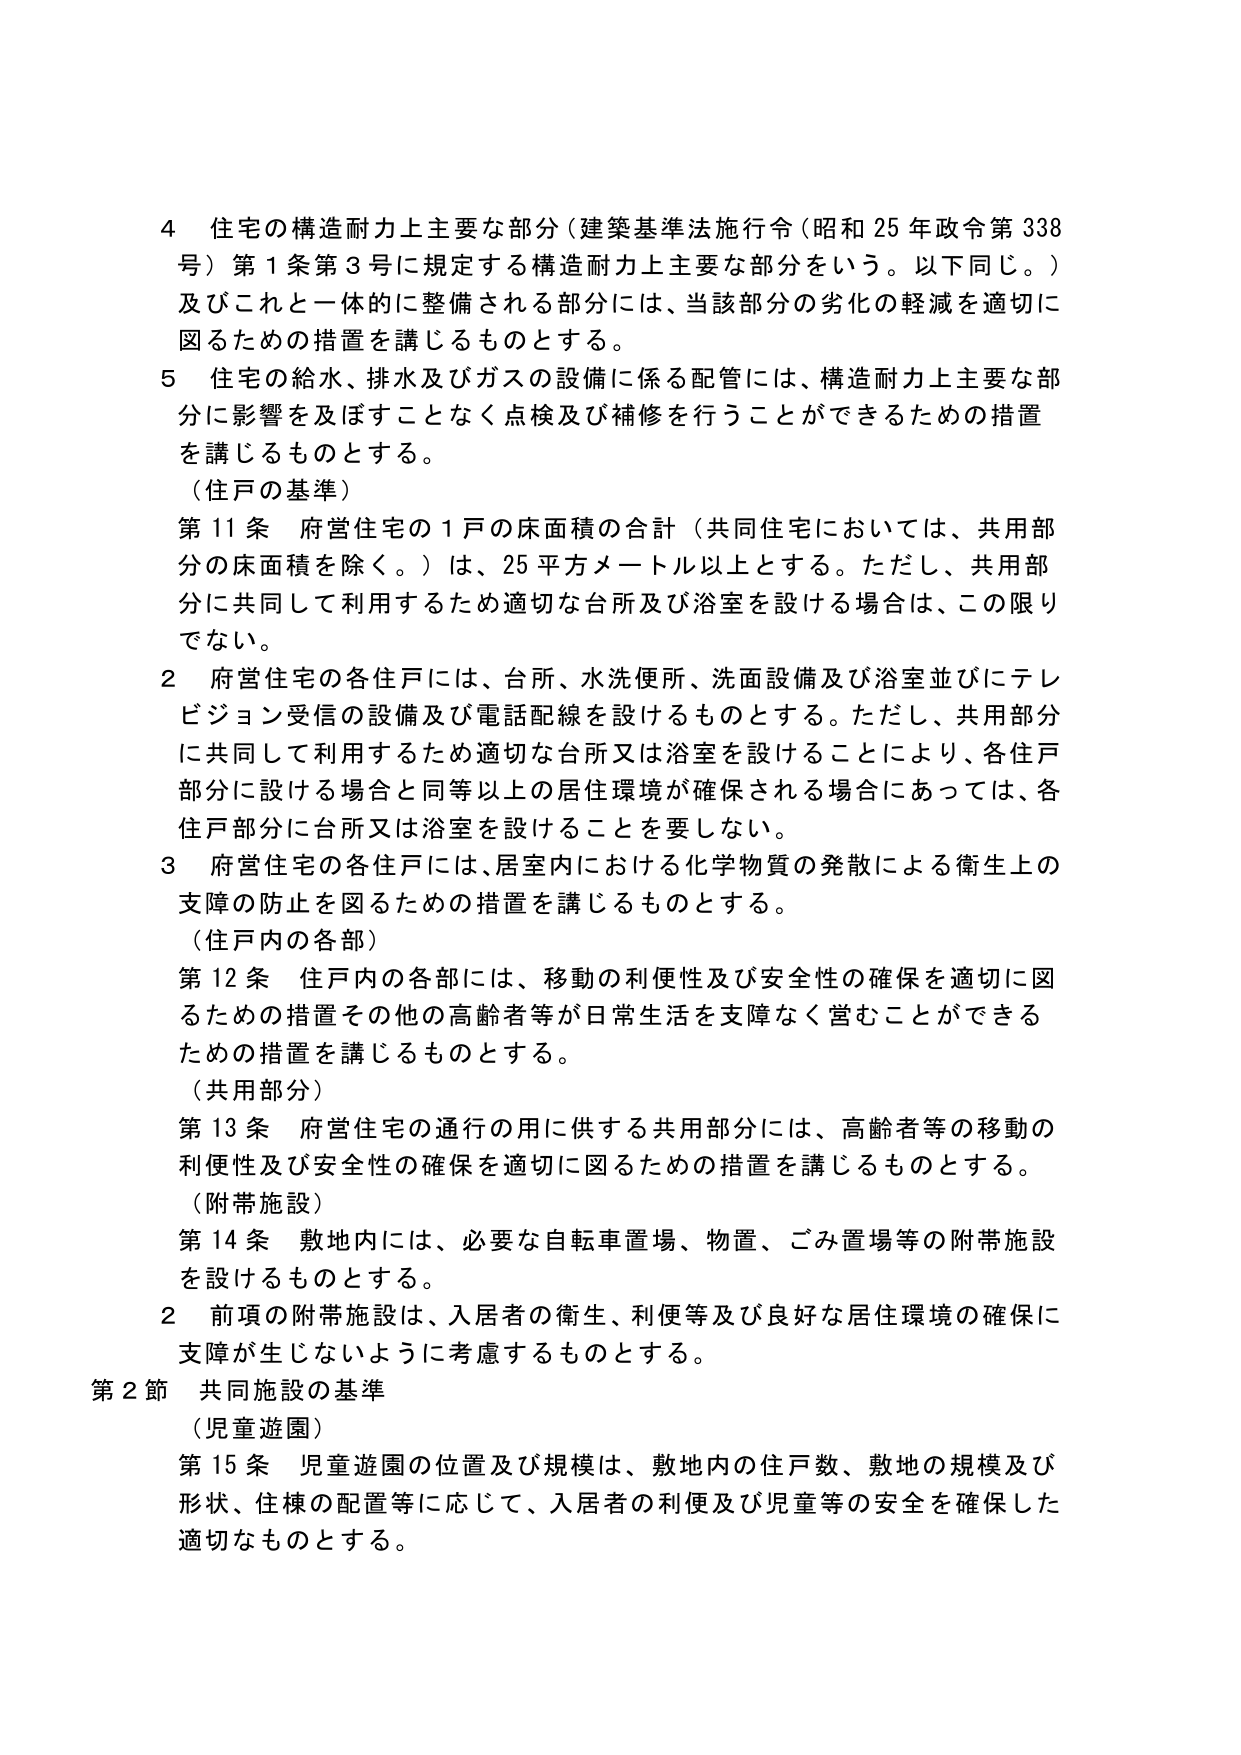
4 住宅の構造耐力上主要な部分（建築基準法施行令（昭和25年政令第338号）第1条第3号に規定する構造耐力上主要な部分をいう。以下同じ。）及びこれと一体的に整備される部分には、当該部分の劣化の軽減を適切に図るための措置を講じるものとする。

5 住宅の給水、排水及びガスの設備に係る配管には、構造耐力上主要な部分に影響を及ぼすことなく点検及び補修を行うことができるための措置を講じるものとする。

（住戸の基準）

第11条 府営住宅の1戸の床面積の合計（共同住宅においては、共用部分の床面積を除く。）は、25平方メートル以上とする。ただし、共用部分に共同して利用するため適切な台所及び浴室を設ける場合は、この限りでない。

2 府営住宅の各住戸には、台所、水洗便所、洗面設備及び浴室並びにテレビジョン受信の設備及び電話配線を設けるものとする。ただし、共用部分に共同して利用するため適切な台所又は浴室を設けることにより、各住戸部分に設ける場合と同等以上の居住環境が確保される場合にあっては、各住戸部分に台所又は浴室を設けることを要しない。

3 府営住宅の各住戸には、居室内における化学物質の発散による衛生上の支障の防止を図るための措置を講じるものとする。

（住戸内の各部）

第12条 住戸内の各部には、移動の利便性及び安全性の確保を適切に図るための措置その他高齢者等が日常生活を支障なく営むことができるための措置を講じるものとする。

（共用部分）

第13条 府営住宅の通行の用に供する共用部分には、高齢者等の移動の利便性及び安全性の確保を適切に図るための措置を講じるものとする。

（附帯施設）

第14条 敷地内には、必要な自転車置場、物置、ごみ置場等の附帯施設を設けるものとする。

2 前項の附帯施設は、入居者の衛生、利便等及び良好な居住環境の確保に支障が生じないように考慮するものとする。

第2節 共同施設の基準

（児童遊園）

第15条 児童遊園の位置及び規模は、敷地内の住戸数、敷地の規模及び形状、住棟の配置等に応じて、入居者の利便及び児童等の安全を確保した適切なものとする。